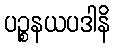
ပဉ္စနယပဒါနိ